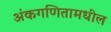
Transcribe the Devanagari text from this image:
अंकगणितामधील